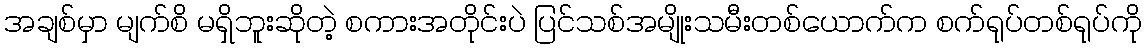
အချစ်မှာ မျက်စိ မရှိဘူးဆိုတဲ့ စကားအတိုင်းပဲ ပြင်သစ်အမျိုးသမီးတစ်ယောက်က စက်ရုပ်တစ်ရုပ်ကို